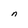
Character: n